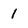
Character: 1